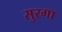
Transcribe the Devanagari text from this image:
सुरगा